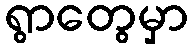
ရွာတွေမှာ